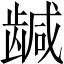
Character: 𬺍